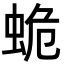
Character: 蛫